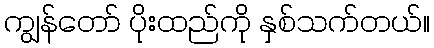
ကျွန်တော် ပိုးထည်ကို နှစ်သက်တယ်။